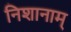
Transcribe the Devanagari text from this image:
निशानाम्